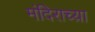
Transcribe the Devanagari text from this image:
मंदिराच्य़ा